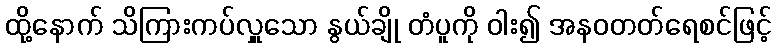
ထို့နောက် သိကြားကပ်လှူသော နွယ်ချို တံပူကို ဝါး၍ အနဝတတ်ရေစင်ဖြင့်